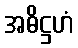
အဓိဋ္ဌဟံ